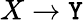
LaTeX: X\to\mathtt{Y}